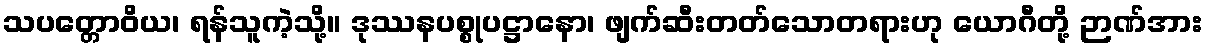
သပတ္တောဝိယ၊ ရန်သူကဲ့သို့။ ဒုဿနပစ္စုပဋ္ဌာနော၊ ဖျက်ဆီးတတ်သောတရားဟု ယောဂီတို့ ဉာဏ်အား